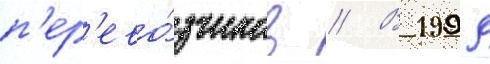
п'ер'ево́зчиков // В 1999